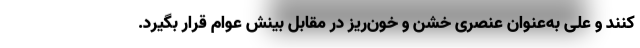
کنند و علی به‌عنوان عنصری خشن و خون‌ریز در مقابل بینش عوام قرار بگیرد.